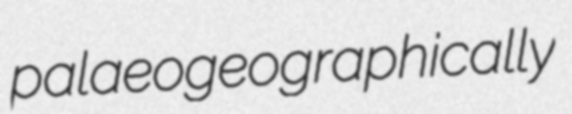
palaeogeographically